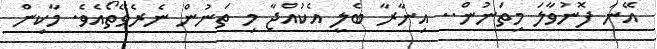
އޭނަ ފޮނުވާލަ މިތަނުން.. އިނާރާ ބެލީ އެކުއްޖާ މި ތަނުން ނެރެވޭތޯއެވެ. މާކިން